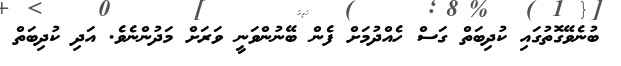
ބުނެވޭގޮތުގައި ކުދިބަތް ގަސް ހެއްދުމަށް ފެން ބޭނުންވަނީ ވަރަށް މަދުންނެވެ. އަދި ކުދިބަތް